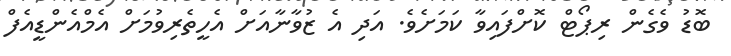
ބޮޑު ވެގެން ރިޕޯޓް ކޮށްފައިވާ ކަމަށެވެ. އަދި އެ ޒުވާނާއަށް އެހީތެރިވުމަށް އެމްއެންޑީއެފް